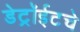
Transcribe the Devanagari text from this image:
डेट्रॉईटचे